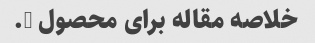
خلاصه مقاله برای محصول A.